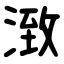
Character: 㴛